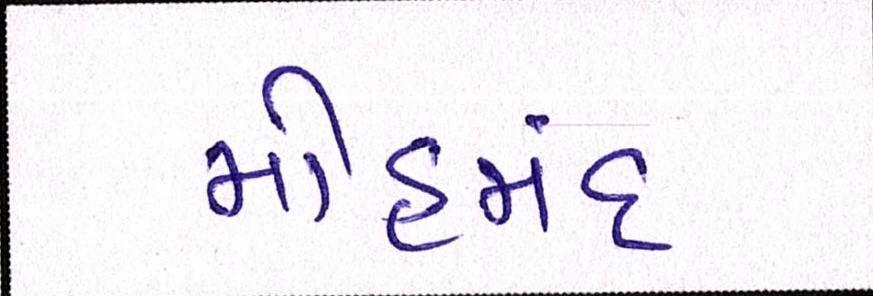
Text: મોહમંદ